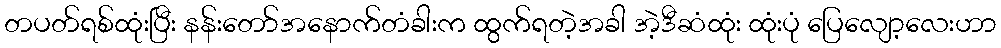
တပတ်ရစ်ထုံးပြီး နန်းတော်အနောက်တံခါးက ထွက်ရတဲ့အခါ အဲ့ဒီဆံထုံး ထုံးပုံ ပြေလျော့လေးဟာ